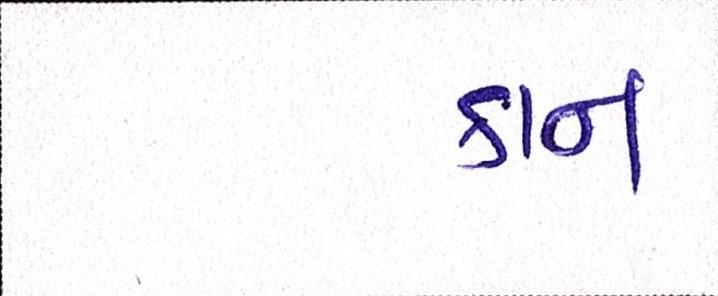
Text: કાન